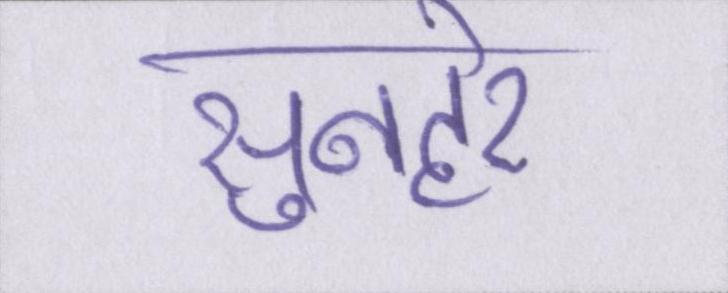
सुनहरे